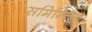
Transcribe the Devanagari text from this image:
समिम्लित